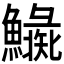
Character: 𩼍